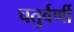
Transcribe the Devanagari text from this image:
चतुर्वर्णी